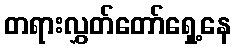
တရားလွှတ်တော်ရှေ့နေ